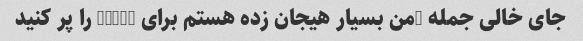
جای خالی جمله "من بسیار هیجان زده هستم برای ____" را پر کنید